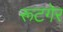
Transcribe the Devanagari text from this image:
रूटगेर